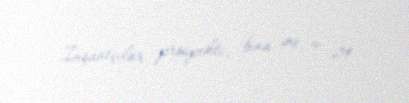
İnşaatçılar prospekti, bina 49, m. 24